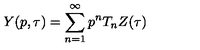
Y ( p , \tau ) = \sum _ { n = 1 } ^ { \infty } p ^ { n } T _ { n } Z ( \tau )